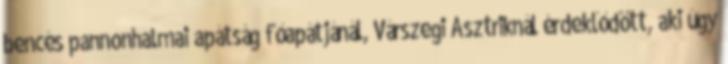
bencés pannonhalmai apátság főapátjánál, Várszegi Asztriknál érdeklődött, aki úgy